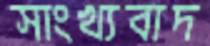
সাংখ্যবাদ